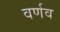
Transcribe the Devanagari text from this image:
वर्णव